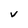
Character: v